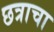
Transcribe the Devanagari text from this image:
छत्राचा